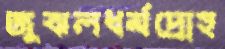
জুঝলধর্মদ্রোহ